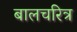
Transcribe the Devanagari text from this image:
बालचरित्र